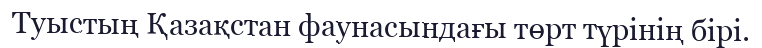
Туыстың Қазақстан фаунасындағы төрт түрінің бірі.